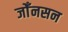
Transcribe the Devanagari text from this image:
जोँनसन